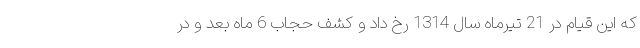
که این قیام در 21 تیرماه سال 1314 رخ داد و کشف حجاب 6 ماه بعد و در